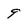
Character: 9